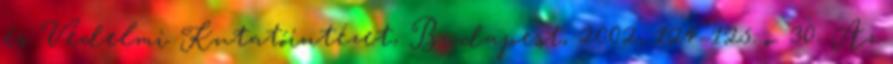
és Védelmi Kutatóintézet, Budapest, 2002, 124–125. o. 30. Az